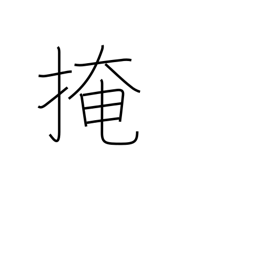
Meaning: conceal